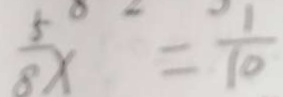
\frac { 5 } { 8 } x = \frac { 1 } { 1 0 }